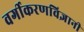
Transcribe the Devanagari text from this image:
वर्गीकरणविज्ञानी